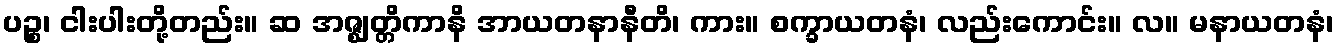
ပဉ္စ၊ ငါးပါးတို့တည်း။ ဆ အဇ္ဈတ္တိကာနိ အာယတနာနီတိ၊ ကား။ စက္ခာယတနံ၊ လည်းကောင်း။ လ။ မနာယတနံ၊